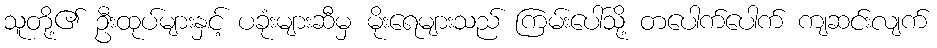
သူတို့၏ ဦးထုပ်များနှင့် ပခုံးများဆီမှ မိုးရေများသည် ကြမ်းပေါ်သို့ တပေါက်ပေါက် ကျဆင်းလျက်